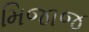
મિજાજ